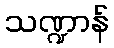
သဏ္ဍာန်